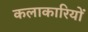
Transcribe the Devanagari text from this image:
कलाकारियों